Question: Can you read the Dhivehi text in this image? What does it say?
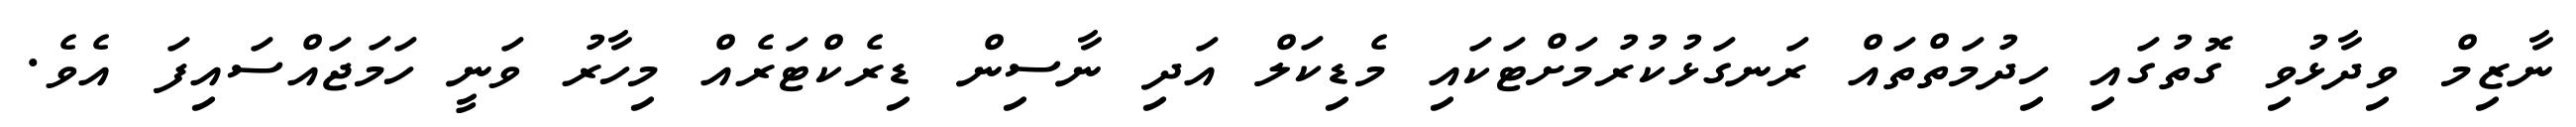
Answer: ނާޒިމް ވިދާޅުވި ގޮތުގައި ހިދުމަތްތައް ރަނގަޅުކުރުމަށްޓަކައި މެޑިކަލް އަދި ނާސިން ޑިރެކްޓަރެއް މިހާރު ވަނީ ހަމަޖައްސައިފަ އެވެ.